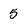
Character: 5